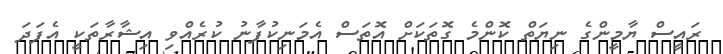
ރައީސް ޔާމީންގެ ނިޔަތް ކޮންމެ ގޮތަކަށް އޮތަސް އެމަނިކުފާނު ކުރެއްވި އިޝާރާތަކީ އެފަދަ